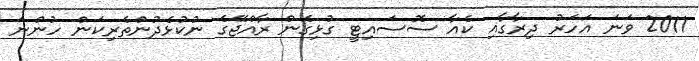
2011 ވަނަ އަހަރު ދިރާގާއި ކެއާ ސޮސައިޓީ ގުޅިގެން ރާއްޖޭގެ ނުކުޅެދުންތެރިކަން ހުންނަ